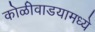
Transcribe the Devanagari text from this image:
कोळीवाडयामध्ये